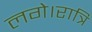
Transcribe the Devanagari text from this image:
लगे।रात्रि